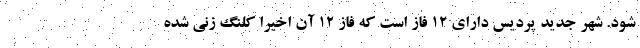
شود. شهر جدید پردیس دارای ۱۲ فاز است که فاز ۱۲ آن اخیرا کلنگ زنی شده